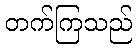
တက်ကြသည်